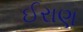
ઈરાણ